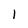
Character: 1